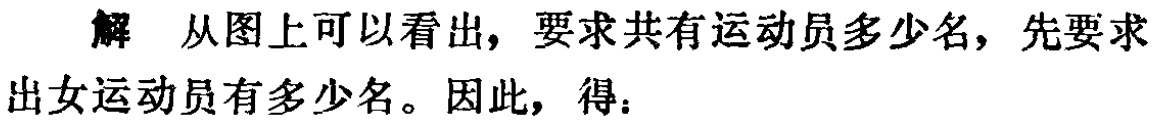
解 从图上可以看出，要求共有运动员多少名，先要求出女运动员有多少名。因此，得：